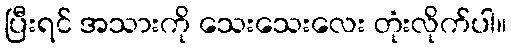
ပြီးရင် အသားကို သေးသေးလေး တုံးလိုက်ပါ။